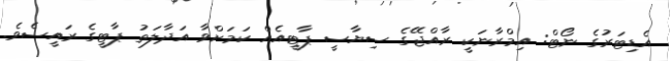
އެޑިޓަރުގެ ނޯޓް: އިމްރާނަކީ ރާއްޖޭގެ ސިޔާސީ ޕާޓީއެއް ކަމަށްވާ އަދާލަތު ޕާޓީގެ ރައީސެވެ.